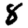
Digit: 8